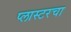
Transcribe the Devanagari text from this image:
प्लास्टरचा